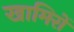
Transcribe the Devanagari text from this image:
खामिरों